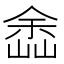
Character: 嵞